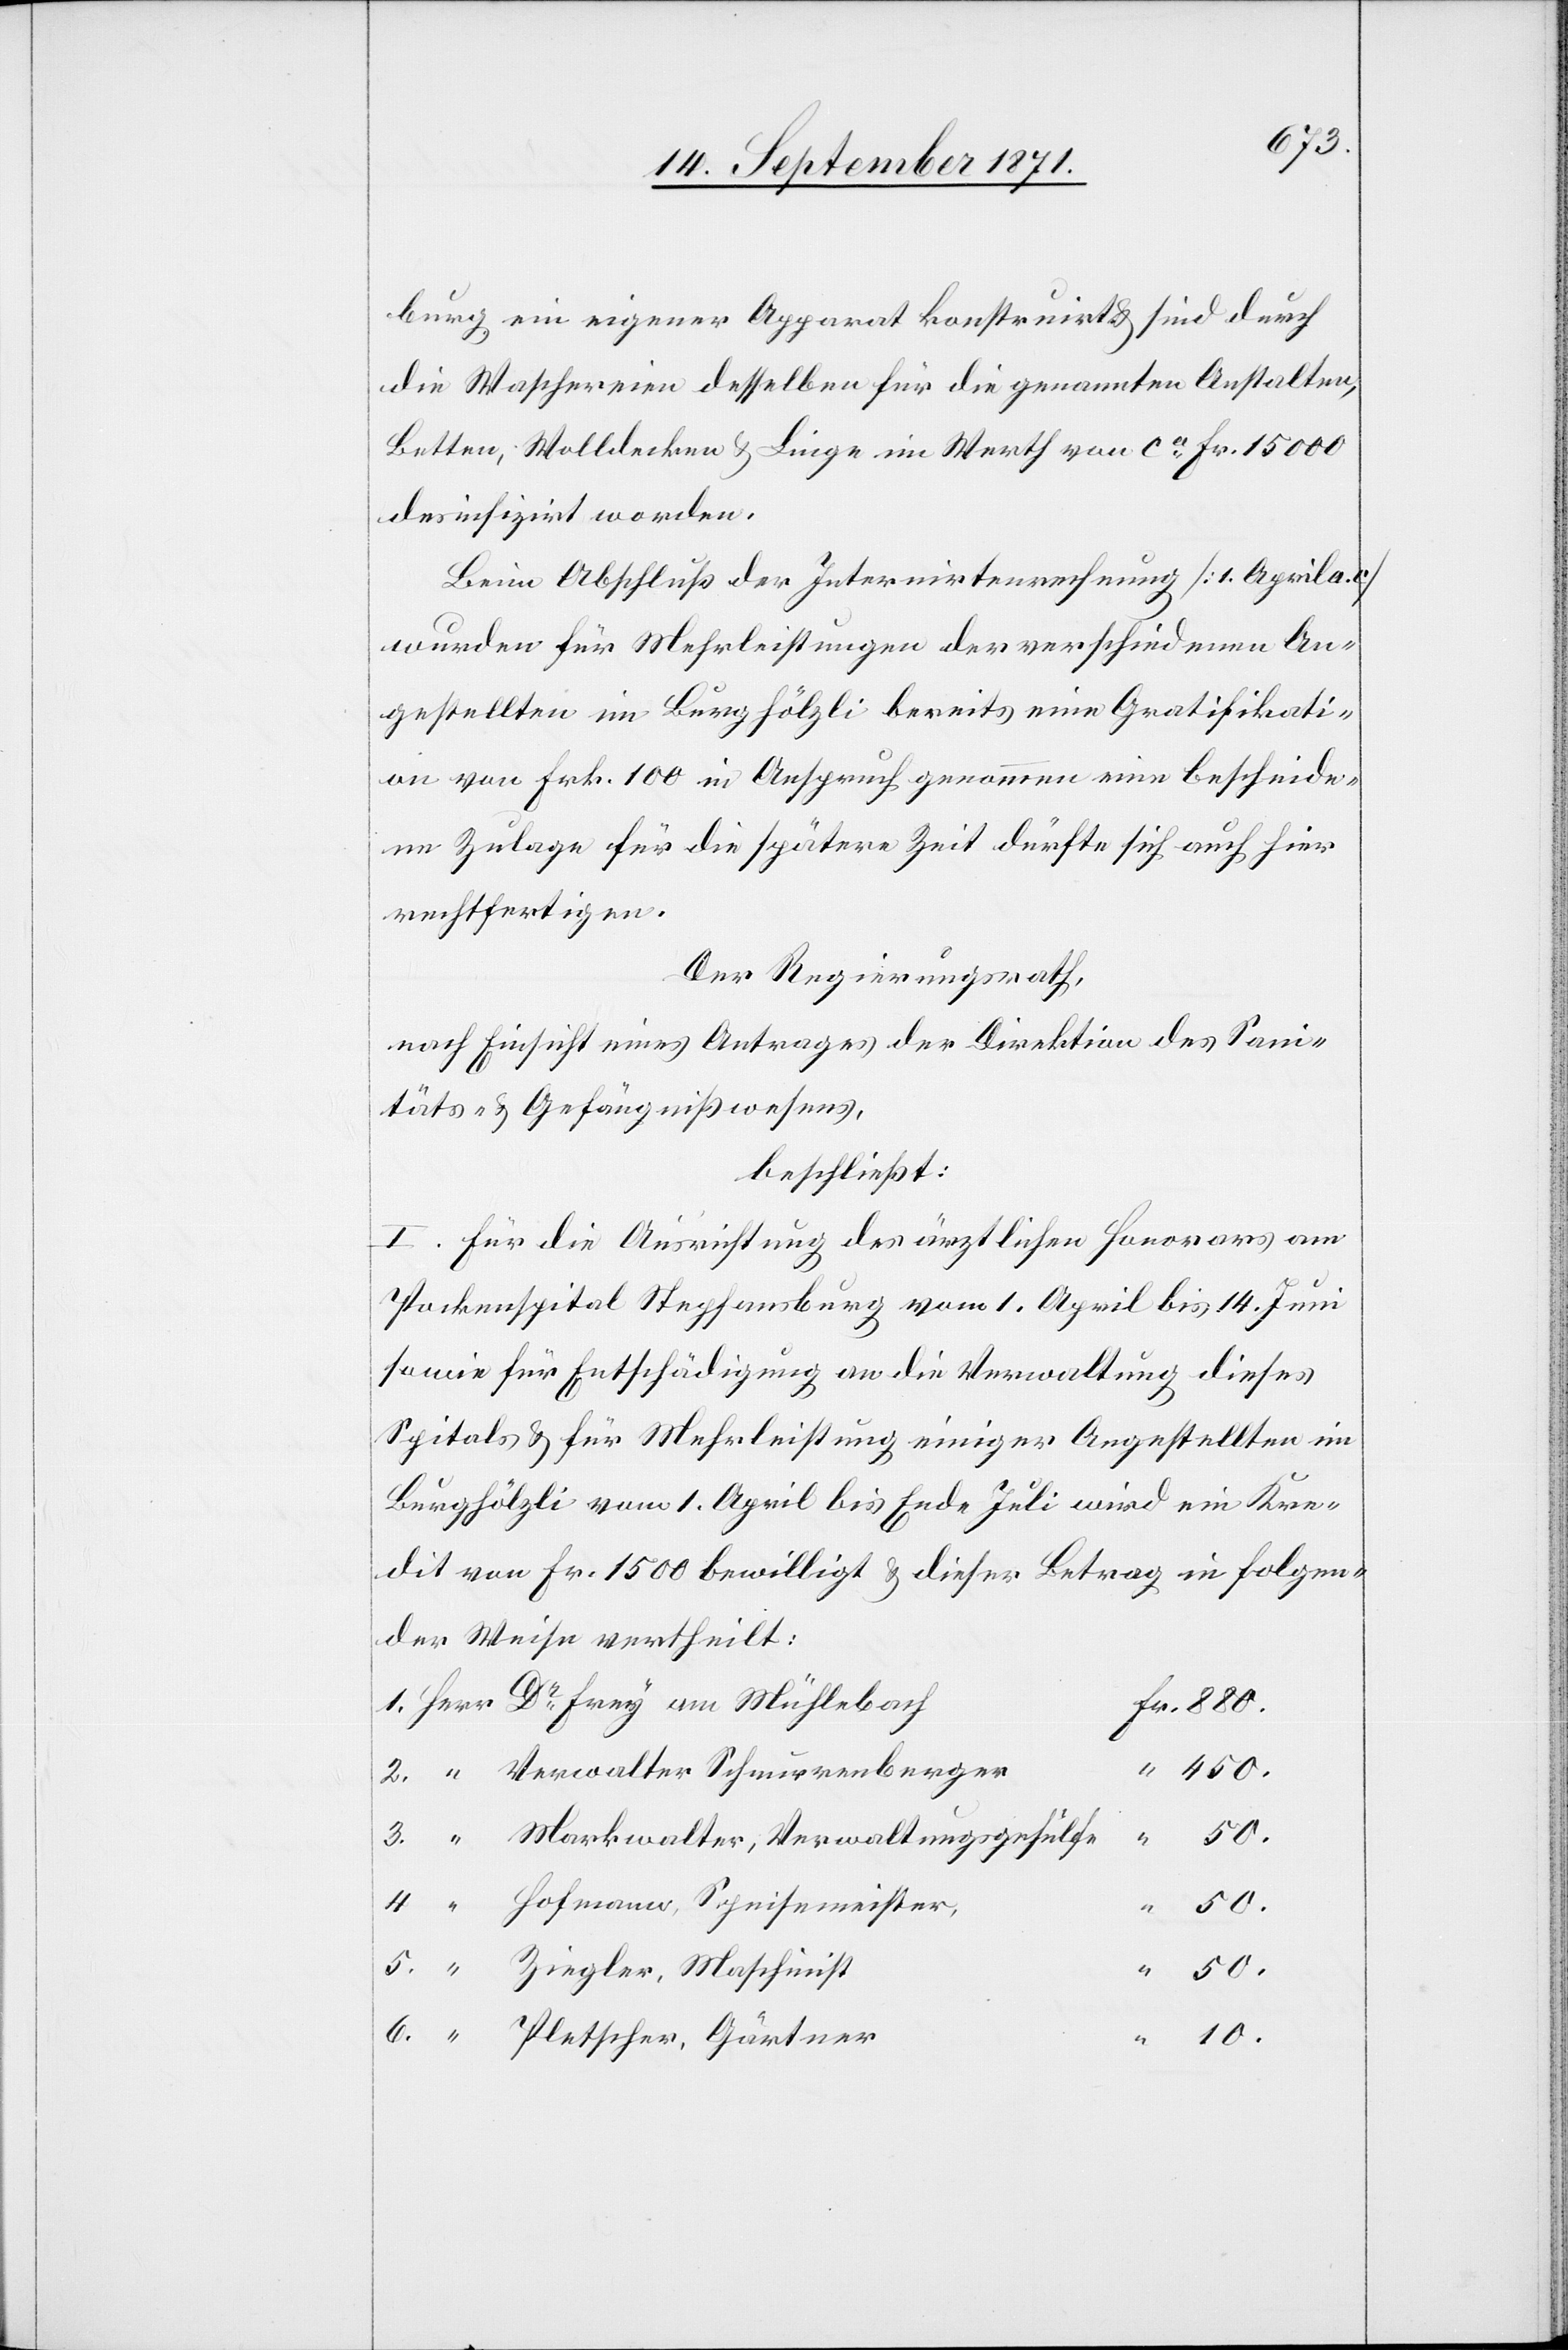
burg ein eigener Apparat konstruirt & sind durch
die Waschereien desselben für die genannten Anstalten,
Betten, Wolldecken & Linge im Werth von ca Fr. 15000
desinfizirt worden.
Beim Abschluß der Internirtenrechnung [1. April a.
wurde für Mehrleistungen der verschiedenen An¬
gestellten im Burghölzli bereits eine Gratifikati¬
on von Frk. 100 in Anspruch genommen eine bescheide¬
ne Zulage für die spätere Zeit dürfte sich auch hier
rechtfertigen.
Der Regierungsrath
nach Einsicht eines Antrages der Direktion des Sani¬
täts- & Gefängnißwesens,
beschließt:
I. Für die Ausrichtung des ärztlichen Honorars am
Pockenspital Stephansburg vom 1. April bis 14. Juni
sowie für Entschädigung an die Verwaltung dieses
Spitals & für Mehrleistung einiger Angestellten im
Burghölzli vom 1. April bis Ende Juli wird ein Kre¬
dit von Fr. 1500 bewilligt & dieser Betrag in folgen¬
der Weise vertheilt.
Markwalter, Verwaltungsgehülfe
10.
5.
Hofmann, Speisemeister,
Ziegler, Maschinist
6.
Pletscher, Gärtner